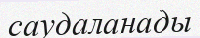
саудаланады